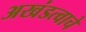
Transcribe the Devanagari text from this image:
अखंडत्वाचे